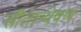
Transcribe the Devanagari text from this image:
सीतान्वेषण